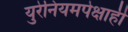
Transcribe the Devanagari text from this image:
युरेनियमपेक्षाही